Report of the Indian Hemp Drugs Commission, 1894-1895 - Volume VIII
Year: 1894
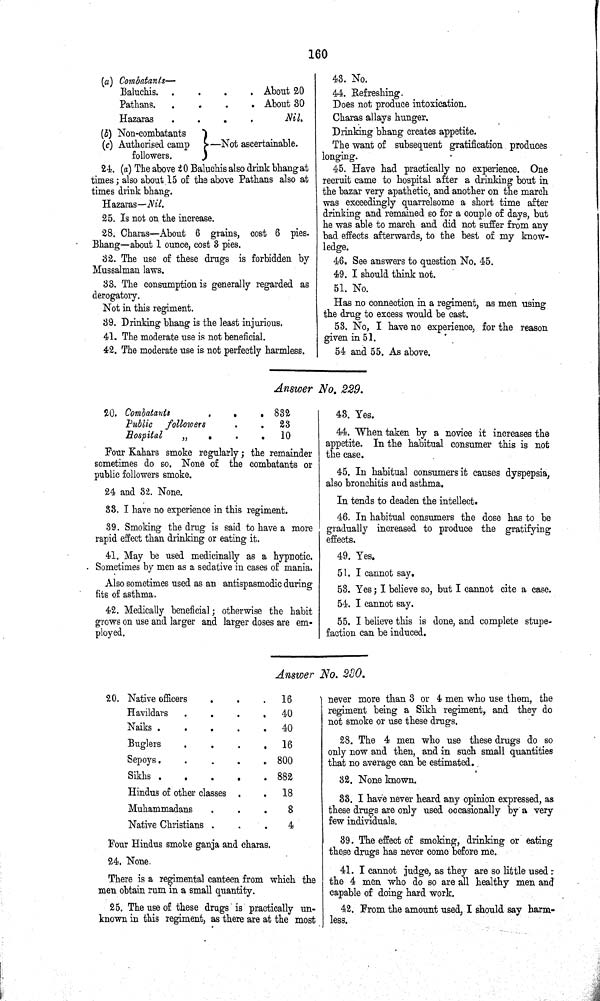
160
(a) Combatants—
Baluchis.
About 20
Pathans.
About 30
Hazaras
Nil.
(b) Non-combatants
(c) Authorised camp
followers.
—Not ascertainable.
24. (a) The above 20 Baluchis also drink bhang at
times; also about 15 of the above Pathans also at
times drink bhang.
Hazaras—Nil.
25. Is not on the increase.
28. Charas—About 6 grains, cost 6 pies.
Bhang—about 1 ounce, cost 3 pies.
32. The use of these drugs is forbidden by
Mussalman laws.
33. The consumption is generally regarded as
derogatory.
Not in this regiment.
39. Drinking bhang is the least injurious.
41. The moderate use is not beneficial.
42. The moderate use is not perfectly harmless.
43. No.
44. Refreshing.
Does not produce intoxication.
Charas allays hunger.
Drinking bhang creates appetite.
The want of subsequent gratification produces
longing.
45. Have had practically no experience. One
recruit came to hospital after a drinking bout in
the bazar very apathetic, and another on the march
was exceedingly quarrelsome a short time after
drinking and remained so for a couple of days, but
he was able to march and did not suffer from any
bad effects afterwards, to the best of my know¬
ledge.
46. See answers to question No. 45.
49. I should think not.
51. No.
Has no connection in a regiment, as men using
the drug to excess would be cast.
53. No, I have no experience, for the reason
given in 51.
54 and 55. As above.
Answer No. 229.
20. Combatants
832
Public
followers
23
Hospital
"
10
Four Kahars smoke regularly; the remainder
sometimes do so. None of the combatants or
public followers smoke.
24 and 32. None.
33. I have no experience in this regiment.
39. Smoking the drug is said to have a more
rapid effect than drinking or eating it.
41. May be used medicinally as a hypnotic.
Sometimes by men as a sedative in cases of mania.
Also sometimes used as an antispasmodic during
fits of asthma.
42. Medically beneficial; otherwise the habit
grows on use and larger and larger doses are em¬
ployed.
43. Yes.
44. When taken by a novice it increases the
appetite. In the habitual consumer this is not
the case.
45. In habitual consumers it causes dyspepsia,
also bronchitis and asthma.
In tends to deaden the intellect.
46. In habitual consumers the dose has to be
gradually increased to produce the gratifying
effects.
49. Yes.
51. I cannot say.
53. Yes; I believe so, but I cannot cite a case.
54. I cannot say.
55. I believe this is done, and complete stupe¬
faction can be induced.
Answer No. 230.
20. Native officers
16
Havildars
40
Naiks
40
Buglers
16
Sepoys
800
Sikhs
882
Hindus of other classes
18
Muhammadans
8
Native Christians
4
Four Hindus smoke ganja and charas.
24. None.
There is a regimental canteen from which the
men obtain rum in a small quantity.
25. The use of these drugs is practically un¬
known in this regiment, as there are at the most
never more than 3 or 4 men who use them, the
regiment being a Sikh regiment, and they do
not smoke or use these drugs.
28. The 4 men who use these drugs do so
only now and then, and in such small quantities
that no average can be estimated.
32. None known.
33. I have never heard any opinion expressed, as
these drugs are only used occasionally by a very
few individuals.
39. The effect of smoking, drinking or eating
these drugs has never come before me.
41. I cannot judge, as they are so little used:
the 4 men who do so are all healthy men and
capable of doing hard work.
42. From the amount used, I should say harm¬
less.